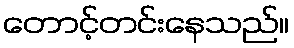
တောင့်တင်းနေသည်။